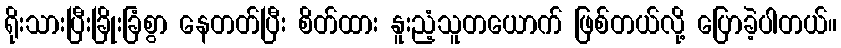
ရိုးသားပြီးခြိုးခြံစွာ နေတတ်ပြီး စိတ်ထား နူးညံ့သူတယောက် ဖြစ်တယ်လို့ ပြောခဲ့ပါတယ်။